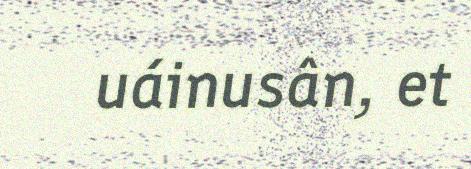
uáinusân, et